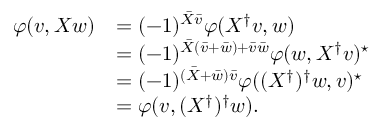
\begin{array} { r l } { \varphi ( v , X w ) } & { = ( - 1 ) ^ { \bar { X } \bar { v } } \varphi ( X ^ { \dagger } v , w ) } \\ & { = ( - 1 ) ^ { \bar { X } ( \bar { v } + \bar { w } ) + \bar { v } \bar { w } } \varphi ( w , X ^ { \dagger } v ) ^ { \star } } \\ & { = ( - 1 ) ^ { ( \bar { X } + \bar { w } ) \bar { v } } \varphi ( ( X ^ { \dagger } ) ^ { \dagger } w , v ) ^ { \star } } \\ & { = \varphi ( v , ( X ^ { \dagger } ) ^ { \dagger } w ) . } \end{array}